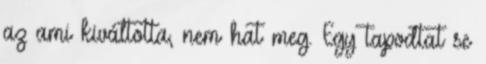
az ami kiváltotta, nem hat meg. Egy tapodtat se